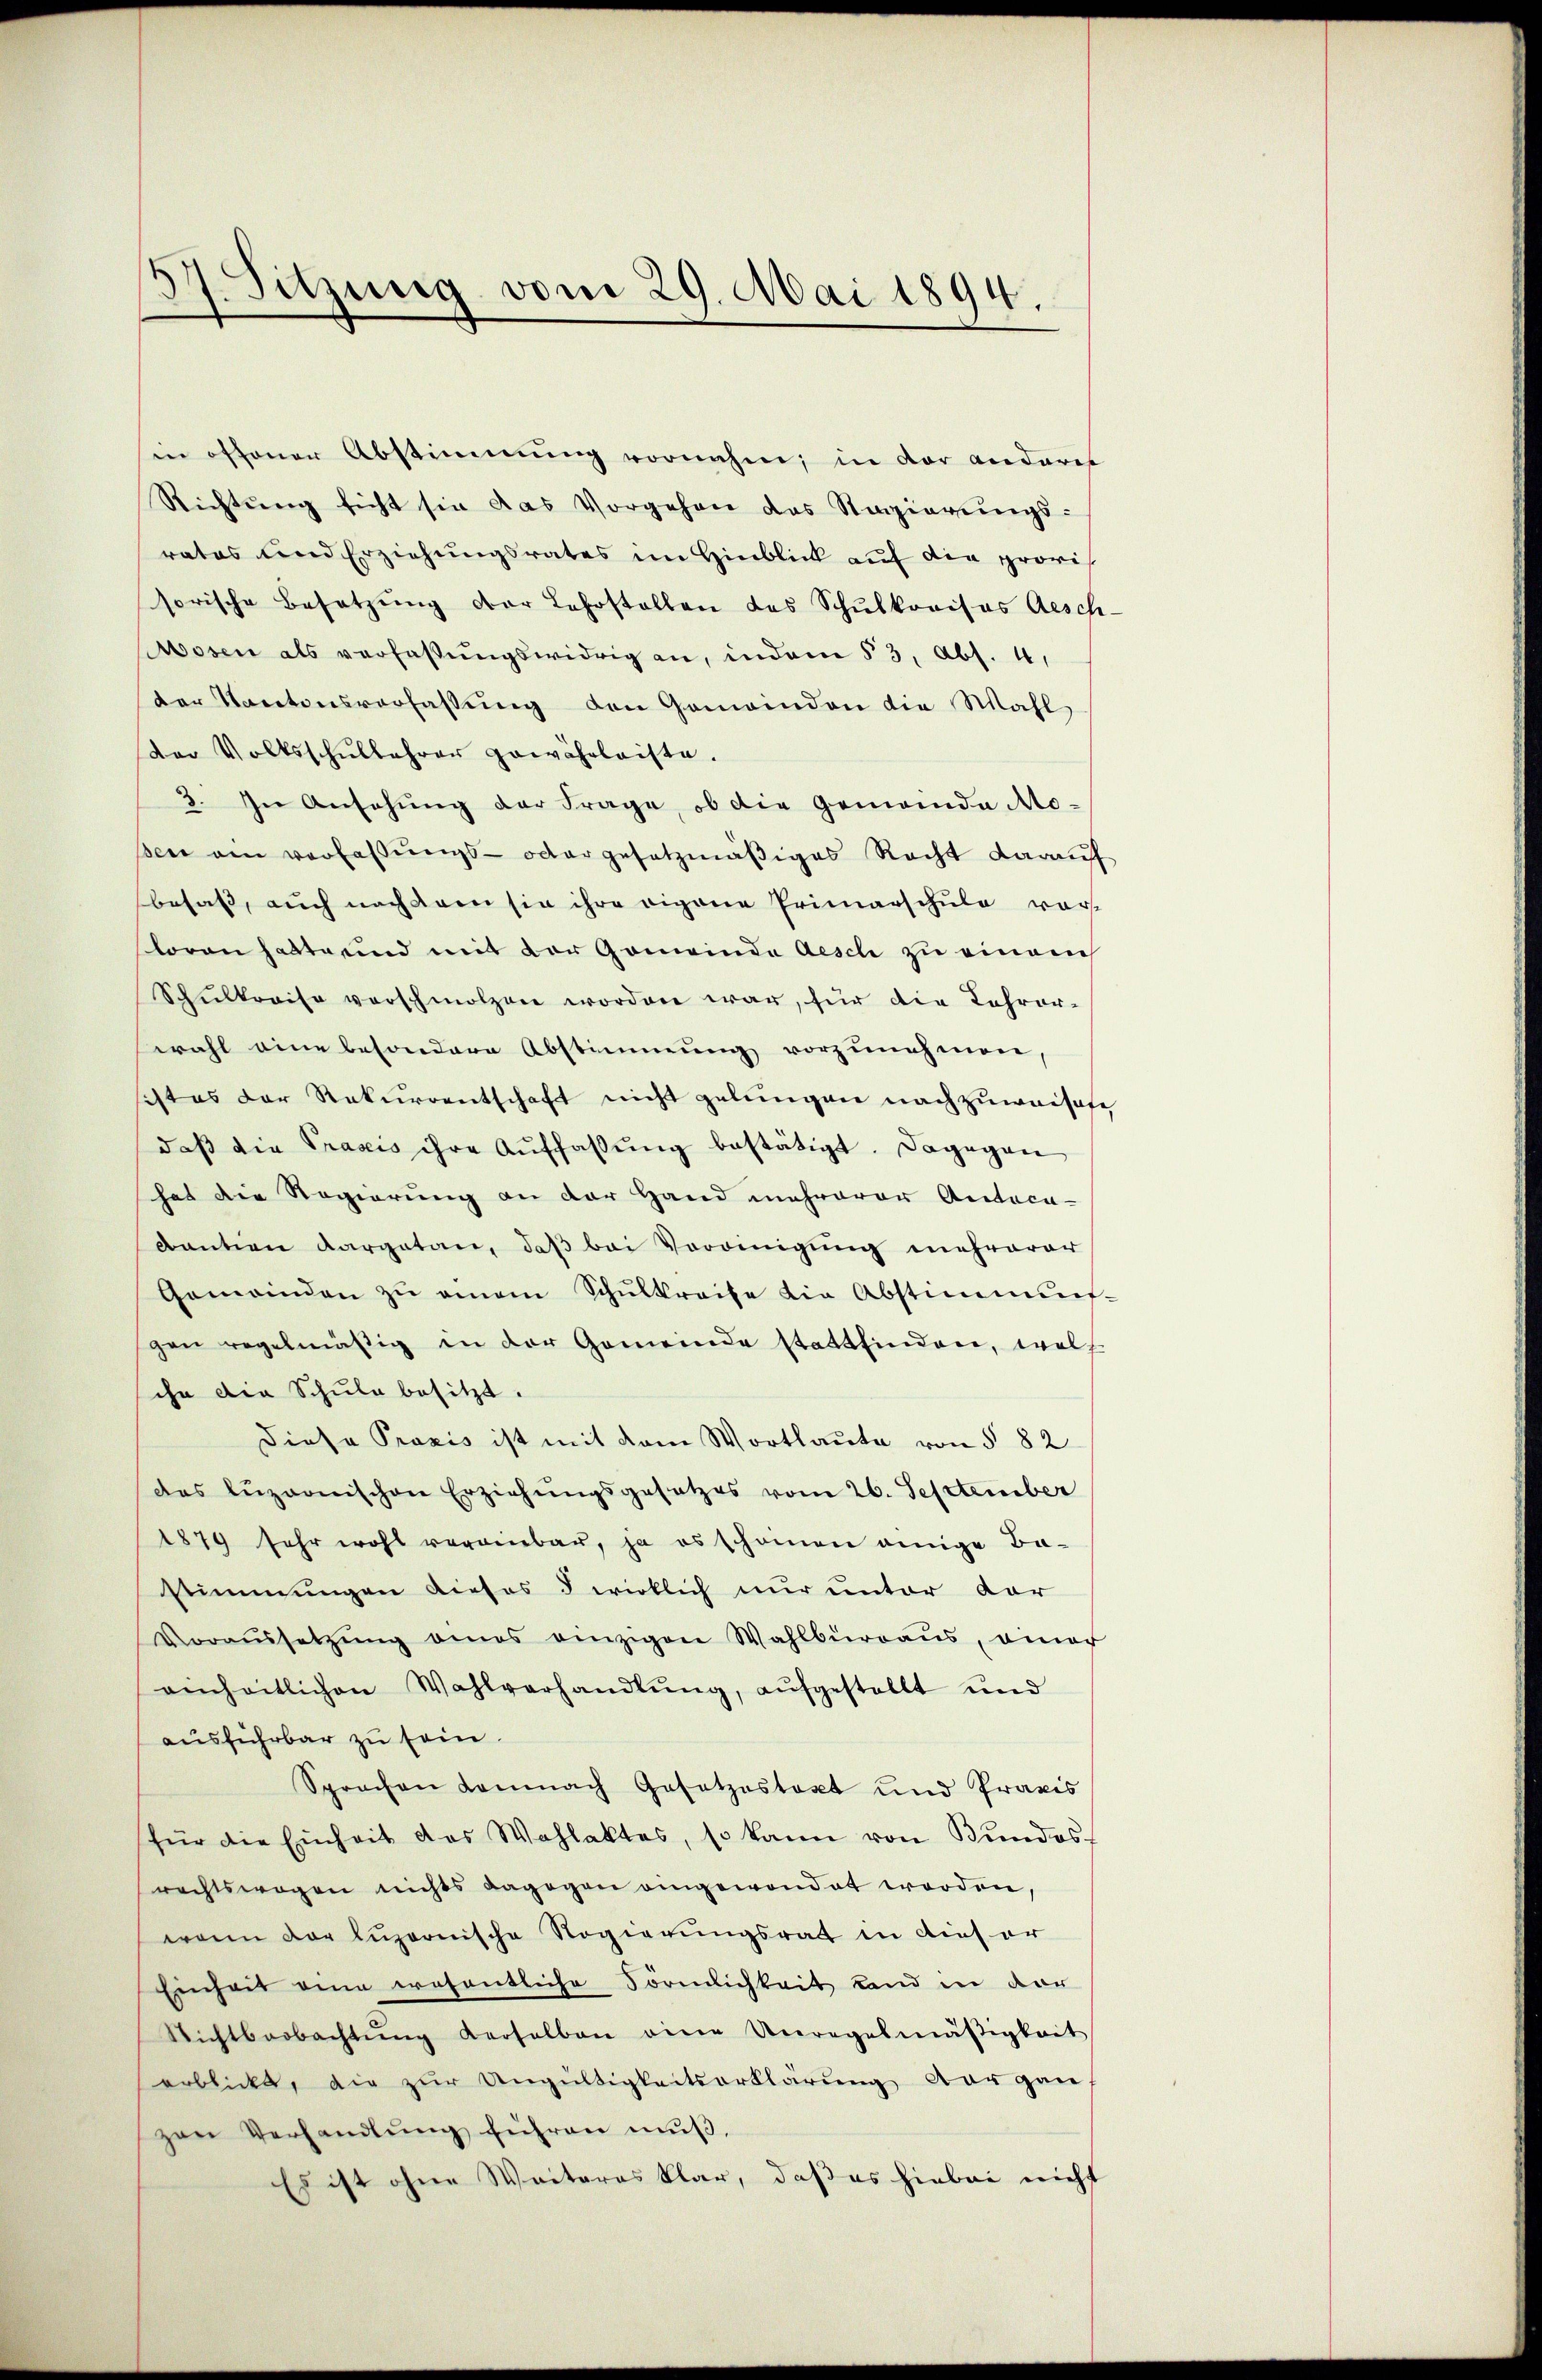
37. Sitzung vom 29. Mai 1894.

in offener Abstimmung vornahm; in der anderet
Richtŭng sicht sie das Vorgehen das Stagierŭngs-
rates und Erziehungsrates im Hinblick auf die provis
sorische Besetzŭng der Lehrstellen des Schulkreises Aesch
Mosen als verlaβŭngswidrig an, indem 53, Abs. 4,
der Kantonsverfaßung den Gemeinden die Wahl
dor Volksschŭllehrer gewährleiste.
3. In Ansehung der Frage, ob die Gemeinde Moßen am verfaßungs- oder gesetzmäßiges Recht darauf
besaß, auch nach den sie ihre eigene Primarschule vor
loren hatte und mit der Gemeinde Aesch zu einauf
Schŭlkreise verschmolzen worden war, für die Lehrer-
wahl eine besondere Abstimmung vorzŭnehmen,
sistes der Rekurrentschaft nicht gelungen nachzuweiset
daβ die Praxis ihre Auffassŭng bestätigt. Dagegen
hat die Regierung an der Hand mehrerer Andaca-
kanton Aargatan, daß bei Vereinigung mehrerer
Gemeinden zŭ einem Schŭlkreise die Abstimmun
gen regelmäßig in der Gemeinde stattfinden, welch
ihn die Schule besitzt.
Diese Praxis ist mit dem Wortlaute von § 82
das luzionischen Erziehŭngsgesetzes vom 26. September
1879 sehr wohl vereinbar, ja es schonen einige Bastimmungen dieses § wirklich nur unter dar
Voraŭssetzŭng eines einzigen Wahlbüraŭs, einer
einheitlichen Wahlverhandlŭng, aŭfgestellt und
ausführbar zu sein.
Sprachen demnach Gesetzestext und Praxis
für die Einheit das Wahlaktes, so kann von Bŭndes-
rechtswegen nichts dagegen eingewandet worden,
wann der Luzernische Regierungsratt in dieser
Einheit eine wesentliche Förmlichkeit Land in dar
Nichtbarbachtŭng derselben eine Unregelmäßigkeit
erblickt, die zur Ungültigkeitserklärung der gan
zen Verhandlŭng führen mŭβ,
Es ist ohne Weiteres klar, daß es hiebei nicht

1